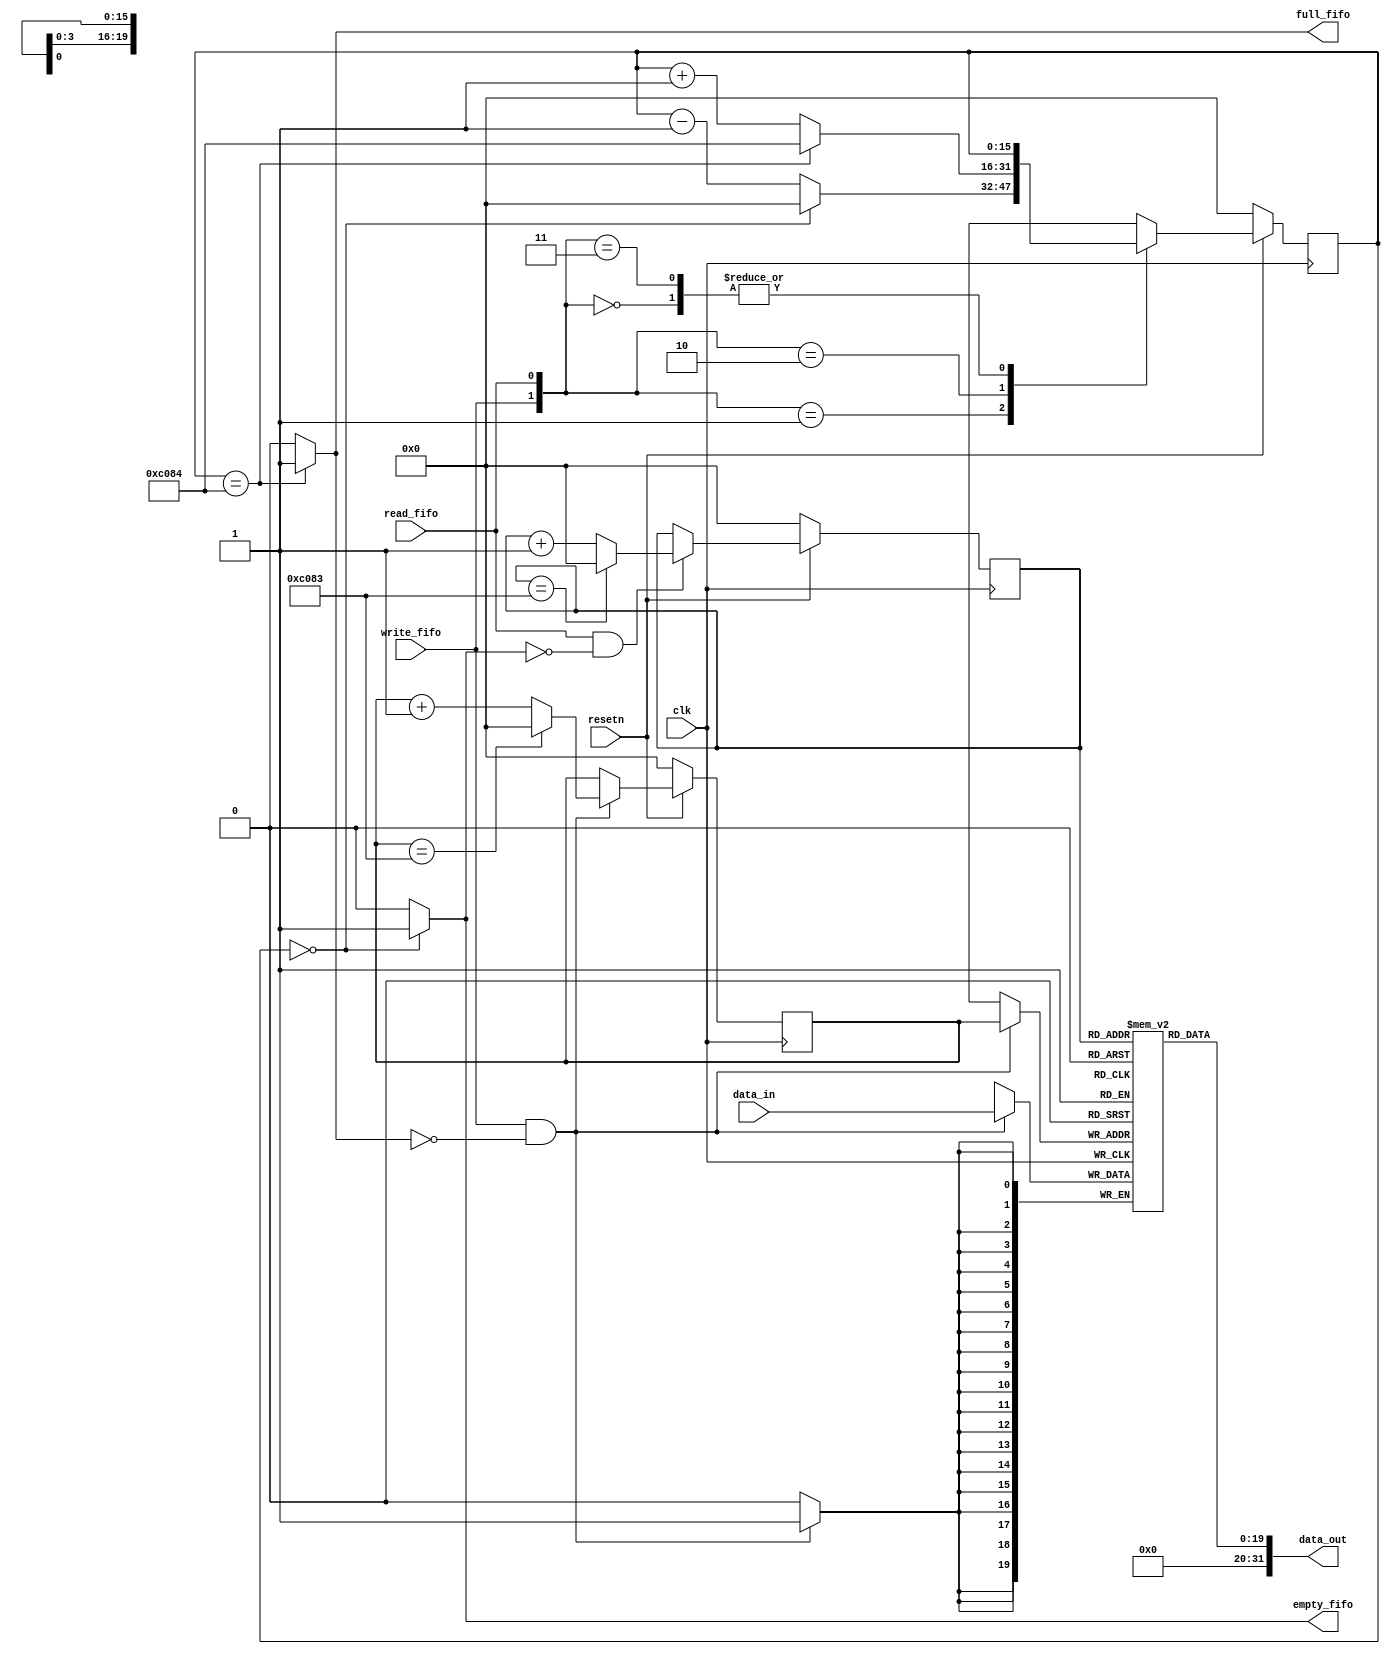
`timescale 1ns / 1ps
//////////////////////////////////////////////////////////////////////////////////
// Company: 
// Engineer: 
// 
// Design Name: 
// Module Name: fifo_convolution
// Project Name: 
// Target Devices: 
// Tool Versions: 
// Description: 
// 
// Dependencies: 
// 
// Revision:
// Revision 0.01 - File Created
// Additional Comments:
// 
//////////////////////////////////////////////////////////////////////////////////

`define FIFO_OUT_DATA_IN_WH 20
`define FIFO_OUT_DATA_OUT_WH 32

module fifo_convolution #(
        parameter integer C_S_FIFO_OUT_SIZE	      = 49284//676
    )(
        clk, resetn,
        write_fifo, read_fifo,
        empty_fifo, full_fifo,    
        data_in,
        data_out
    );
    
input clk, resetn;
input write_fifo, read_fifo;
input [`FIFO_OUT_DATA_IN_WH - 1 : 0] data_in;
output empty_fifo, full_fifo;
output wire [`FIFO_OUT_DATA_OUT_WH - 1 : 0] data_out;

reg [`FIFO_OUT_DATA_OUT_WH/2-1 : 0] counter_fifo;
reg [`FIFO_OUT_DATA_IN_WH - 1 : 0] memory_fifo [C_S_FIFO_OUT_SIZE-1 : 0];
reg [`FIFO_OUT_DATA_OUT_WH/2-1 : 0] write_ptr;
reg [`FIFO_OUT_DATA_OUT_WH/2-1 : 0] read_ptr;


assign empty_fifo = (counter_fifo == 0) ? 1'b1 : 1'b0;
assign full_fifo  = (counter_fifo == C_S_FIFO_OUT_SIZE) ? 1'b1 : 1'b0;


// Write BLOCK
always @(posedge clk) begin: write
    if (write_fifo == 1'b1 && full_fifo == 1'b0) begin
        memory_fifo[write_ptr] = data_in;
    end
end


// Pointer Write BLOCK
always @(posedge clk) begin: pointer_w
    if (resetn == 1'b0) begin
        write_ptr <= 0;
    end
    else begin
        if (write_fifo == 1'b1 && full_fifo == 1'b0) begin 
            write_ptr <= (write_ptr == C_S_FIFO_OUT_SIZE - 1) ? 0 : write_ptr + 1;
        end
    end
end


// Read BLOCK
assign data_out = {12'b0, memory_fifo[read_ptr]};


// Pointer Read BLOCK
always @(posedge clk) begin: pointer_r
    if (resetn == 1'b0) begin
        read_ptr <= 0;
    end
    else begin      
        if (read_fifo == 1'b1 && empty_fifo == 1'b0) begin
            read_ptr <= (read_ptr == C_S_FIFO_OUT_SIZE - 1) ? 0 : read_ptr + 1;
        end
    end
end


// Counter BLOCK
always @(posedge clk) begin: counter
    if (resetn == 1'b0) begin
        counter_fifo <= 0;
    end
    else begin
        case ({write_fifo, read_fifo})
            2'b00   : counter_fifo <= counter_fifo;
            2'b01   : counter_fifo <= (counter_fifo == 0) ? 0 : counter_fifo - 1;
            2'b10   : counter_fifo <= (counter_fifo == C_S_FIFO_OUT_SIZE) ? C_S_FIFO_OUT_SIZE : counter_fifo + 1;
            2'b11   : counter_fifo <= counter_fifo;
            default : counter_fifo <= counter_fifo;
        endcase
    end
end

endmodule